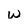
Character: W